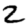
Digit: 2